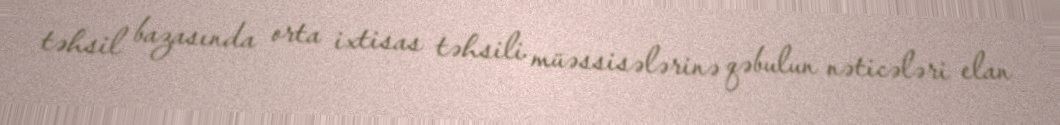
təhsil bazasında orta ixtisas təhsili müəssisələrinə qəbulun nəticələri elan